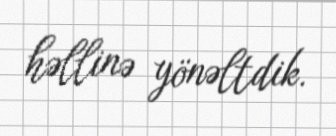
həllinə yönəltdik.